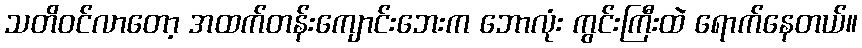
သတိဝင်လာတော့ အထက်တန်းကျောင်းဘေးက ဘောလုံး ကွင်းကြီးထဲ ရောက်နေတယ်။